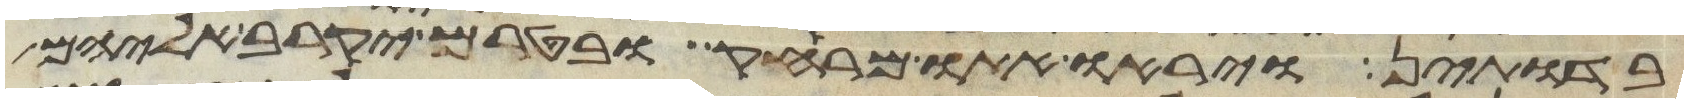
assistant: בדותין ויראו אתו מרחק בטרם יקרב אליהם